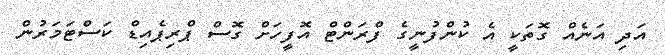
އަދި އަނެއް ގޮތަކީ އެ ކުންފުނީގެ ފްރަންޓް އޮފީހަށް ގޮސް ޕްރިޕެއިޑް ކަސްޓަމަރުން